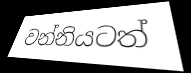
වන්නියටත්